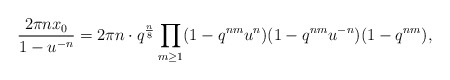
\begin{align*}\frac{ 2 \pi n x_0}{1-u^{-n}}=2\pi n \cdot q^{\frac{n}{8}} \prod_{m \geq 1}(1-q^{nm}u^n)(1-q^{nm}u^{-n})(1-q^{nm}),\end{align*}